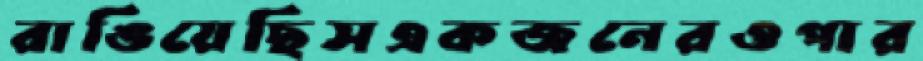
রাঙিয়েছিসএকজনেরওপার